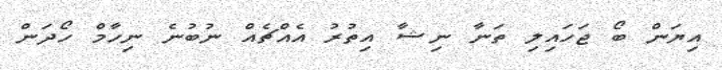
އިޔަން ބޯ ޖަހައިލި ތަނާ ނިޝާ އިތުރު އެއްޗެއް ނުބުނެ ނިހާމް ހޯދަން